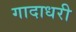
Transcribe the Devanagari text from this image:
गादाधरी